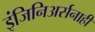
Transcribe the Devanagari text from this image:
इंजिनिअर्सनाही